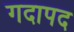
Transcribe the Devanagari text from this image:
गदापद